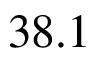
3 8 . 1